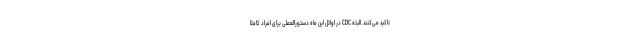
تاکید می‌کنند. البته CDC در اوائل این ماه دستورالعملی برای افراد کاملا